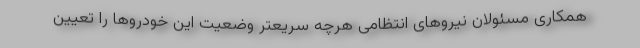
همکاری مسئولان نیروهای انتظامی هرچه سریعتر وضعیت این خودروها را تعیین